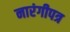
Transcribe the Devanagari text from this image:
नारंगीपत्र